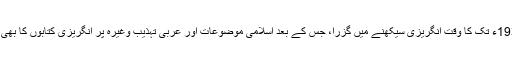
1928ء سے 1930ء تک کا وقت انگریزی سیکھنے میں گزرا، جس کے بعد اسلامی موضوعات اور عربی تہذیب وغیرہ پر انگریزی کتابوں کا بھی خوب مطالعہ کیا۔